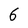
Character: 6